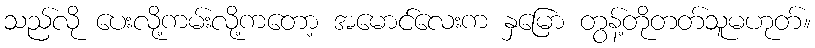
သည်လို ပေးလို့ကမ်းလို့ကတော့ အမောင်လေးက နှမြော တွန့်တိုတတ်သူမဟုတ်။